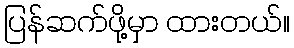
ပြန်ဆက်ဖို့မှာ ထားတယ်။